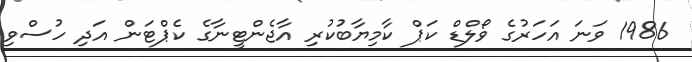
1986 ވަނަ އަހަރުގެ ވޯލްޑް ކަޕް ކާމިޔާބުކުރި އާޖެންޓީނާގެ ކެޕްޓަން އަދި ހުސްވި